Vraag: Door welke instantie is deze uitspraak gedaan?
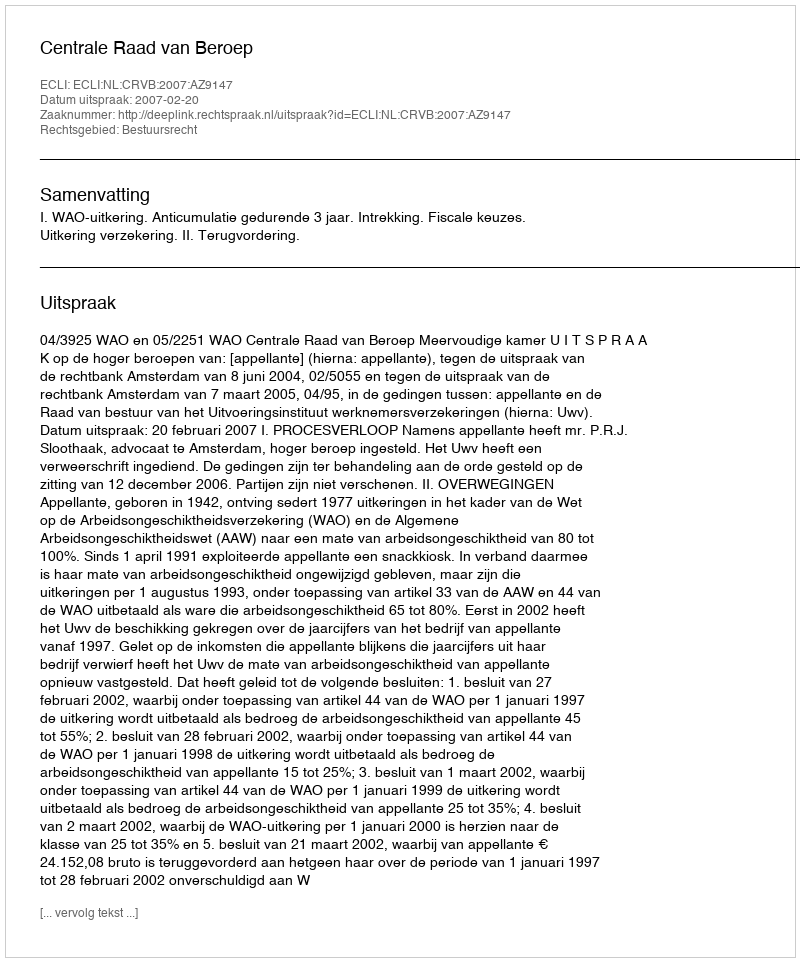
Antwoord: Centrale Raad van Beroep